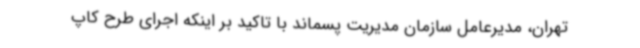
تهران، مدیرعامل سازمان مدیریت پسماند با تاکید بر اینکه اجرای طرح کاپ